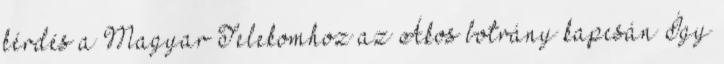
kérdés a Magyar Telekomhoz az Ákos botrány kapcsán Így